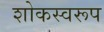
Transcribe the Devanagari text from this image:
शोकस्वरूप